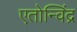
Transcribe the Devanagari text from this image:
एतोन्विंद्र